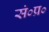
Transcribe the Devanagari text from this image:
सं०प्र०